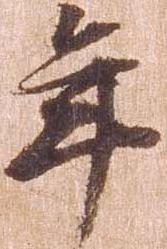
年